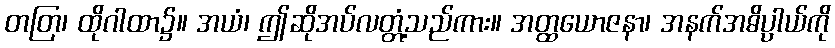
တတြ၊ ထိုဂါထာ၌။ အယံ၊ ဤဆိုအပ်လတ္တံ့သည်ကား။ အတ္ထယောဇနာ၊ အနက်အဓိပ္ပာယ်ကို